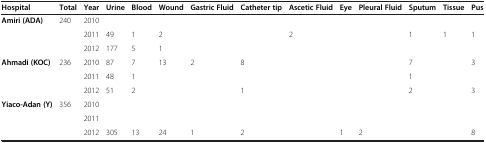
<table><thead><tr><td><b>Hospital</b></td><td><b>Total</b></td><td><b>Year</b></td><td><b>Urine</b></td><td><b>Blood</b></td><td><b>Wound</b></td><td><b>Gastric Fluid</b></td><td><b>Catheter tip</b></td><td><b>Ascetic Fluid</b></td><td><b>Eye</b></td><td><b>Pleural Fluid</b></td><td><b>Sputum</b></td><td><b>Tissue</b></td><td><b>Pus</b></td></tr></thead><tbody><tr><td rowspan="3"><b>Amiri (ADA)</b></td><td rowspan="3">240</td><td>2010</td><td></td><td></td><td></td><td></td><td></td><td></td><td></td><td></td><td></td><td></td><td></td></tr><tr><td>2011</td><td>49</td><td>1</td><td>2</td><td></td><td></td><td>2</td><td></td><td></td><td>1</td><td>1</td><td>1</td></tr><tr><td>2012</td><td>177</td><td>5</td><td>1</td><td></td><td></td><td></td><td></td><td></td><td></td><td></td><td></td></tr><tr><td rowspan="3"><b>Ahmadi (KOC)</b></td><td rowspan="3">236</td><td>2010</td><td>87</td><td>7</td><td>13</td><td>2</td><td>8</td><td></td><td></td><td></td><td>7</td><td></td><td>3</td></tr><tr><td>2011</td><td>48</td><td>1</td><td></td><td></td><td></td><td></td><td></td><td></td><td>1</td><td></td><td></td></tr><tr><td>2012</td><td>51</td><td>2</td><td></td><td></td><td>1</td><td></td><td></td><td></td><td>2</td><td></td><td>3</td></tr><tr><td rowspan="3"><b>Yiaco-Adan (Y)</b></td><td rowspan="3">356</td><td>2010</td><td></td><td></td><td></td><td></td><td></td><td></td><td></td><td></td><td></td><td></td><td></td></tr><tr><td>2011</td><td></td><td></td><td></td><td></td><td></td><td></td><td></td><td></td><td></td><td></td><td></td></tr><tr><td>2012</td><td>305</td><td>13</td><td>24</td><td>1</td><td>2</td><td></td><td>1</td><td>2</td><td></td><td></td><td>8</td></tr></tbody></table>